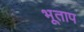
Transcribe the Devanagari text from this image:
भूताप